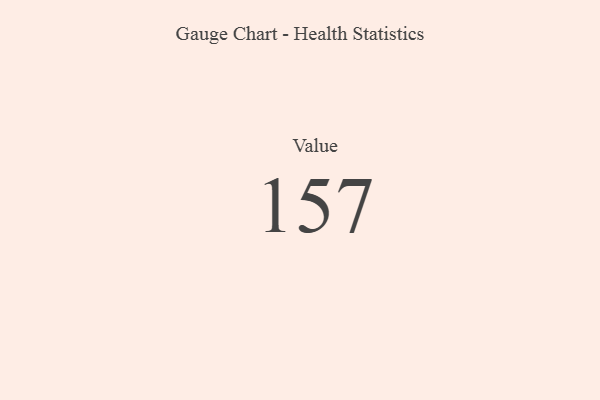
{"axis": {"x": "Metric", "y": "Value"}, "legend": [""], "data": [{"x": "Value", "y": 157, "type": ""}]}